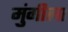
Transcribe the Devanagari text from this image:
मुंगीला